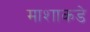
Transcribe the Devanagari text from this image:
माशाकडे